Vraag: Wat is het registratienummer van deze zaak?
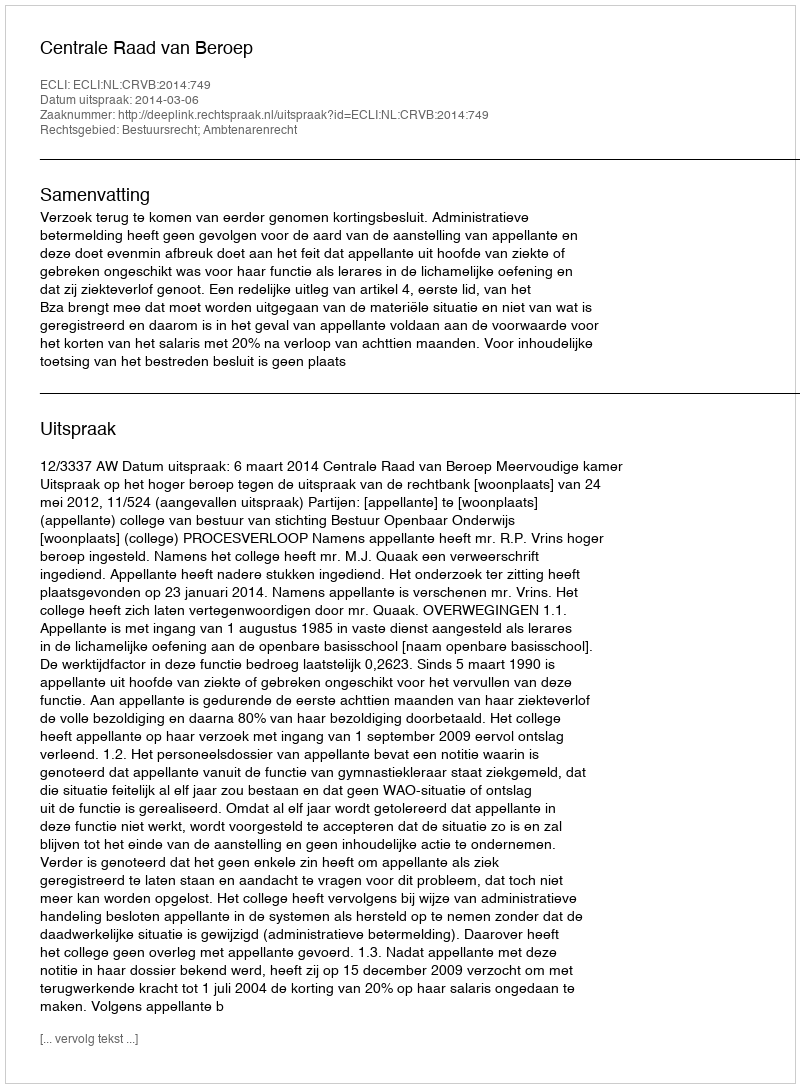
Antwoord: http://deeplink.rechtspraak.nl/uitspraak?id=ECLI:NL:CRVB:2014:749